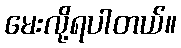
မေးလို့ရပါတယ်။